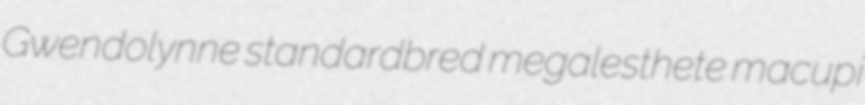
Gwendolynne standardbred megalesthete macupi